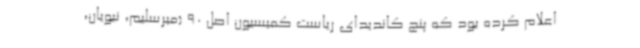
اعلام کرده بود که پنج کاندیدای ریاست کمیسیون اصل 90 (میرسلیم، نبویان،